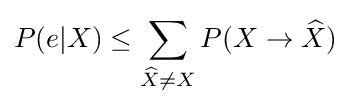
P(e|X)\leq \sum _{{\widehat {X}}\neq X}P(X\to {\widehat {X}})